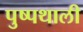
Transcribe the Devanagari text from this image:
पुष्पथाली